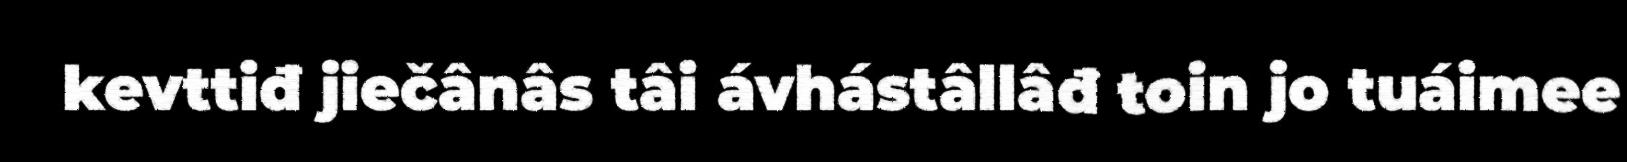
kevttiđ jiečânâs tâi ávhástâllâđ toin jo tuáimee